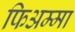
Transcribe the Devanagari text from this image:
फिअम्मा